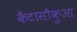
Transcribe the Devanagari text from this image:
कैटासौकुआ